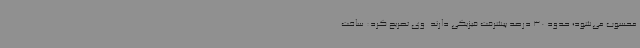
محسوب می‌شود؛ حدود 30 درصد پیشرفت فیزیکی دارند. وی تصریح کرد: ساخت